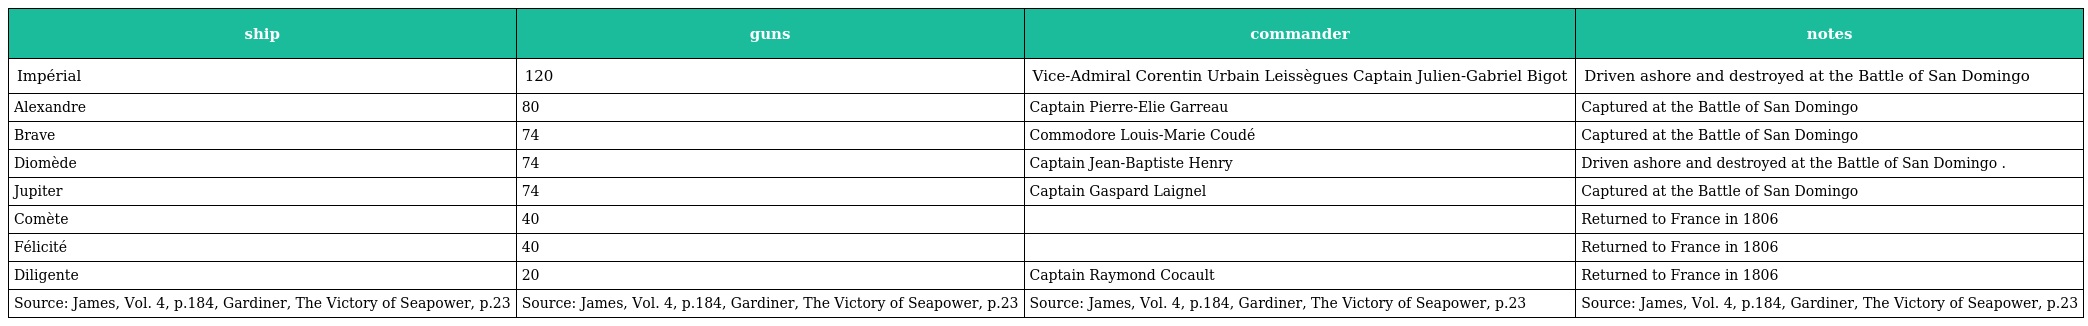
| ship | guns | commander | notes |
 | --- | --- | --- | --- |
 | Impérial | 120 | Vice-Admiral Corentin Urbain Leissègues Captain Julien-Gabriel Bigot | Driven ashore and destroyed at the Battle of San Domingo |
 | Alexandre | 80 | Captain Pierre-Elie Garreau | Captured at the Battle of San Domingo |
 | Brave | 74 | Commodore Louis-Marie Coudé | Captured at the Battle of San Domingo |
 | Diomède | 74 | Captain Jean-Baptiste Henry | Driven ashore and destroyed at the Battle of San Domingo . |
 | Jupiter | 74 | Captain Gaspard Laignel | Captured at the Battle of San Domingo |
 | Comète | 40 |  | Returned to France in 1806 |
 | Félicité | 40 |  | Returned to France in 1806 |
 | Diligente | 20 | Captain Raymond Cocault | Returned to France in 1806 |
 | Source: James, Vol. 4, p.184, Gardiner, The Victory of Seapower, p.23 | Source: James, Vol. 4, p.184, Gardiner, The Victory of Seapower, p.23 | Source: James, Vol. 4, p.184, Gardiner, The Victory of Seapower, p.23 | Source: James, Vol. 4, p.184, Gardiner, The Victory of Seapower, p.23 |